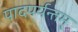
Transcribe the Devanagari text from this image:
पादपर्यन्तम्‌